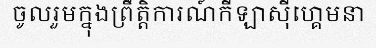
ចូលរួមក្នុងព្រឹត្តិការណ៍កីឡាស៊ីហ្គេមនា